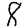
Digit: 8